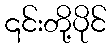
၎င်းတို့ပိုင်